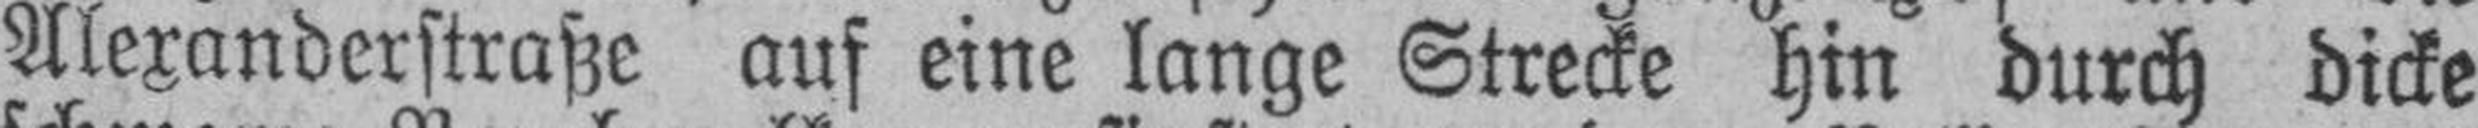
Alexanderstraße auf eine lange Strecke hin durch dicke